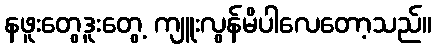
နဖူးတွေ့ဒူးတွေ့ ကျူးလွန်မိပါလေတော့သည်။